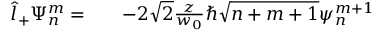
\begin{array} { r l r } { \hat { l } _ { + } \Psi _ { n } ^ { m } = } & { { } } & { - 2 \sqrt { 2 } \frac { z } { w _ { 0 } } \hbar \sqrt { n + m + 1 } \psi _ { n } ^ { m + 1 } } \end{array}